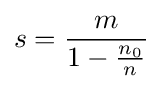
s={\frac {m}{1-{\frac {n_{0}}{n}}}}